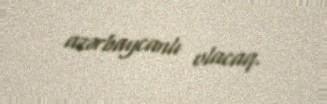
azərbaycanlı olacaq.